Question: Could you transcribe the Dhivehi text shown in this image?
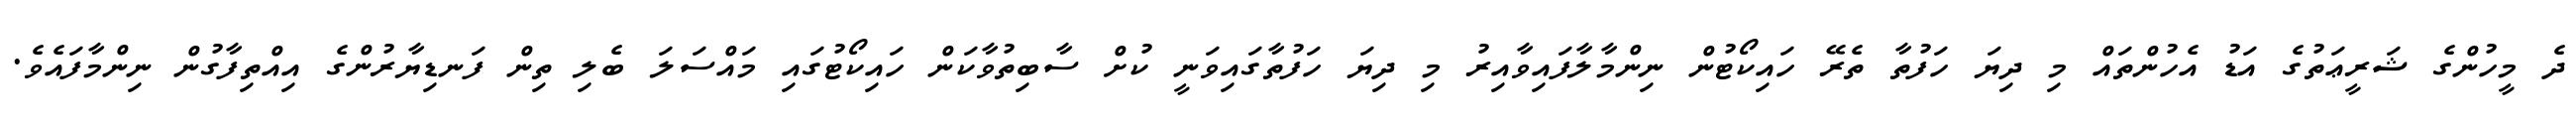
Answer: ދެ މީހުންގެ ޝަރީޢަތުގެ އަޑު އެހުންތައް މި ދިޔަ ހަފުތާ ތެރޭ ހައިކޯޓުން ނިންމާލާފައިވާއިރު މި ދިޔަ ހަފުތާގައިވަނީ ކުށް ސާބިތުވާކަން ހައިކޯޓުގައި މައްސަލަ ބެލި ތިން ފަނޑިޔާރުންގެ އިއްތިފާގުން ނިންމާފައެވެ.